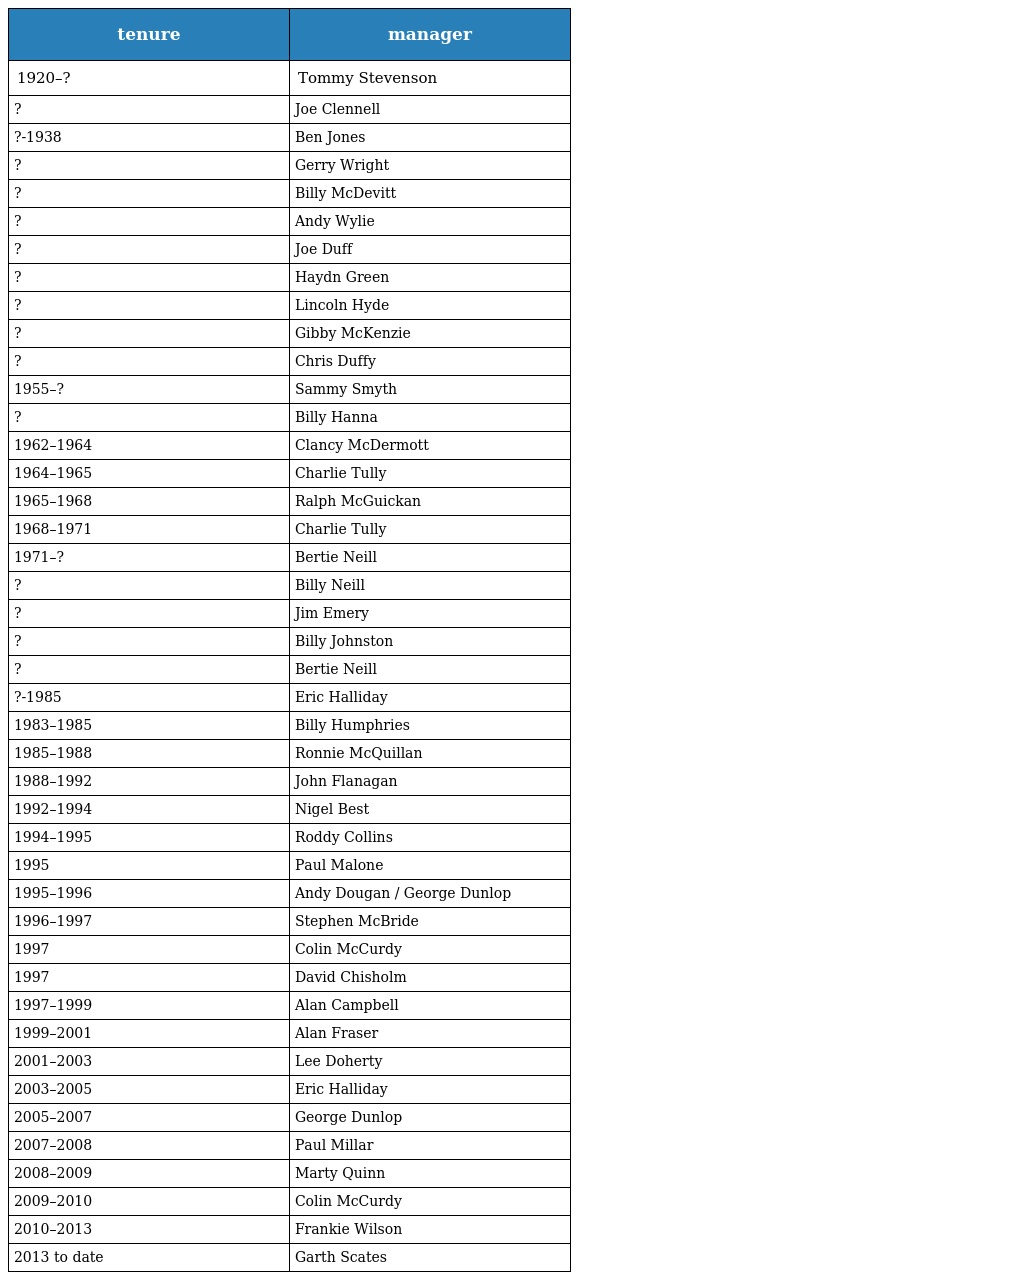
| tenure | manager |
 | --- | --- |
 | 1920–? | Tommy Stevenson |
 | ? | Joe Clennell |
 | ?-1938 | Ben Jones |
 | ? | Gerry Wright |
 | ? | Billy McDevitt |
 | ? | Andy Wylie |
 | ? | Joe Duff |
 | ? | Haydn Green |
 | ? | Lincoln Hyde |
 | ? | Gibby McKenzie |
 | ? | Chris Duffy |
 | 1955–? | Sammy Smyth |
 | ? | Billy Hanna |
 | 1962–1964 | Clancy McDermott |
 | 1964–1965 | Charlie Tully |
 | 1965–1968 | Ralph McGuickan |
 | 1968–1971 | Charlie Tully |
 | 1971–? | Bertie Neill |
 | ? | Billy Neill |
 | ? | Jim Emery |
 | ? | Billy Johnston |
 | ? | Bertie Neill |
 | ?-1985 | Eric Halliday |
 | 1983–1985 | Billy Humphries |
 | 1985–1988 | Ronnie McQuillan |
 | 1988–1992 | John Flanagan |
 | 1992–1994 | Nigel Best |
 | 1994–1995 | Roddy Collins |
 | 1995 | Paul Malone |
 | 1995–1996 | Andy Dougan / George Dunlop |
 | 1996–1997 | Stephen McBride |
 | 1997 | Colin McCurdy |
 | 1997 | David Chisholm |
 | 1997–1999 | Alan Campbell |
 | 1999–2001 | Alan Fraser |
 | 2001–2003 | Lee Doherty |
 | 2003–2005 | Eric Halliday |
 | 2005–2007 | George Dunlop |
 | 2007–2008 | Paul Millar |
 | 2008–2009 | Marty Quinn |
 | 2009–2010 | Colin McCurdy |
 | 2010–2013 | Frankie Wilson |
 | 2013 to date | Garth Scates |